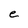
Character: e